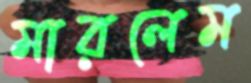
মারলেম